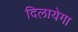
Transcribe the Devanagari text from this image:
दिलायेगा